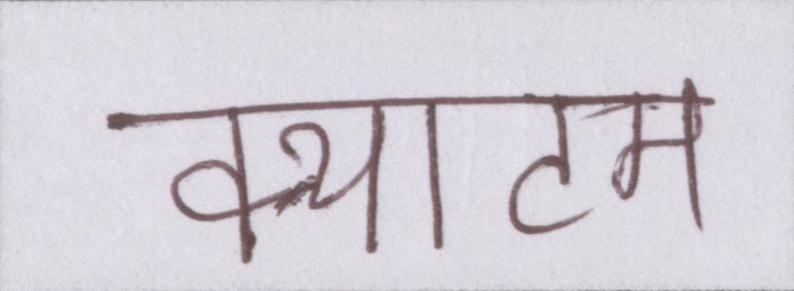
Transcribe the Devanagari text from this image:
क्याटम